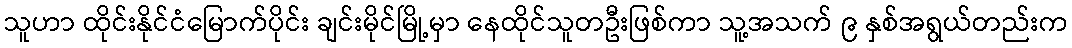
သူဟာ ထိုင်းနိုင်ငံမြောက်ပိုင်း ချင်းမိုင်မြို့မှာ နေထိုင်သူတဦးဖြစ်ကာ သူ့အသက် ၉ နှစ်အရွယ်တည်းက